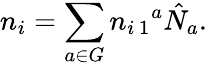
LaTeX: n_{i}=\sum_{a\in G}n_{i\, 1}{}^{a}\hat{N}_{a}.